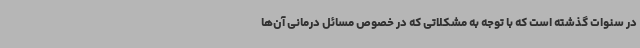
در سنوات گذشته است که با توجه به مشکلاتی که در خصوص مسائل درمانی آن‌ها